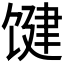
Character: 𱄃